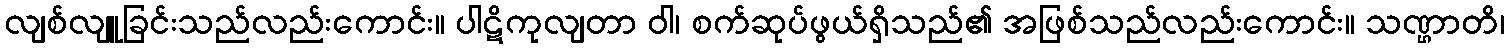
လျစ်လျူခြင်းသည်လည်းကောင်း။ ပါဋိကုလျတာ ဝါ၊ စက်ဆုပ်ဖွယ်ရှိသည်၏ အဖြစ်သည်လည်းကောင်း။ သဏ္ဌာတိ၊